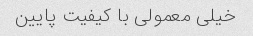
خیلی معمولی با کیفیت پایین